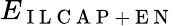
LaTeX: E_{\mathrm{~I~L~C~A~P~+~E~N~}}